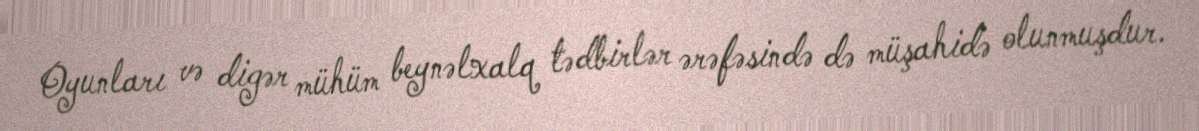
Oyunları və digər mühüm beynəlxalq tədbirlər ərəfəsində də müşahidə olunmuşdur.